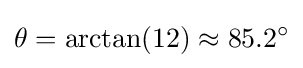
\theta =\arctan(12)\approx 85.2^{\circ }